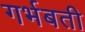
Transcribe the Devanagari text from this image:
गर्भबती